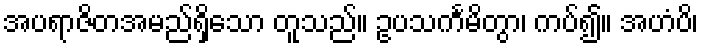
အပရာဇိတအမည်ရှိသော တူသည်။ ဥပသင်္ကမိတွာ၊ ကပ်၍။ အဟံပိ၊